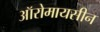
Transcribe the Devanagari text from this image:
ऑरोमायसीन